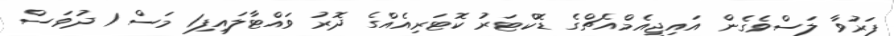
ފަރުވާ ލަސްވެގެން އައިޖީއެމްއެޗްގެ ޑޮކްޓަރު ކޮޓަރިއެއްގެ ދޮރު ވައްޓާލައިފި1 މަސް 1 ދުވަސް